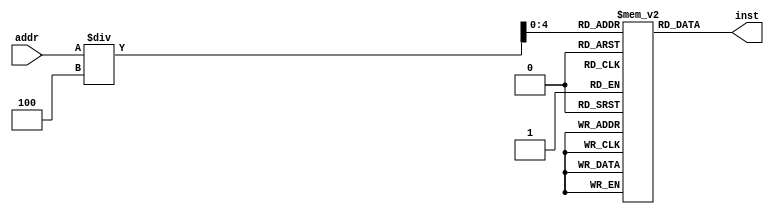
module InstructionMem (
    input  [ 7:0] addr,
    output [31:0] inst
);
  reg [31:0] mem[31:0];
  assign inst = mem[addr/4];

  initial begin
    // --------------------------------------------------------------------
    // This program calculates the first 10 Fibonacci sequence numbers and
    // writes them to memory starting at address 16.
    // This requires certain values to be present in the data memory. Refer
    // to the file DataMem.v for more details.
    // --------------------------------------------------------------------
    //                # Initialize constants
    // 0x00c02c03:    lw s8, 12(x0)
    // 0x00402483:    lw s1, 4(x0)
    // 0x00802a03:    lw s4, 8(x0)
    //
    // 0x018002b3:    add t0, x0, s8  # Base address to write to
    // 0x00002303:    lw  t1, 0(x0)   # Number of Fibonacci values to calculate
    // 0x00402e83:    lw  t4, 4(x0)   # Fibonacci value f(n-1), t3 = f(n-2) = 0 initially
    //
    //            fib_loop:
    //                # Calculate the next Fibonacci value: f(n) = f(n-1) + f(n-2)
    // 0x01de0f33:    add t5, t3, t4  # t5 = f(n-1) + f(n-2)
    //
    //                # Store the Fibonacci value to memory
    // 0x01e2a023:    sw  t5, 0(t0)   # Store the Fibonacci value at the current memory address
    //
    //                # Update Fibonacci values for next iteration
    // 0x000e8e33:    add t3, t4, x0  # Update f(n-2) to f(n-1)
    // 0x000f0eb3:    add t4, t5, x0  # Update f(n-1) to the newly calculated value
    //
    //                # Update memory address
    // 0x014282b3:    add t0, t0, s4  # Move to the next memory address
    //
    //                # Update loop counter
    // 0x009383b3:    add t2, t2, s1  # Increment loop counter
    //
    //                # Check if we have calculated all Fibonacci values
    // 0x00638463:    beq t2, t1, exit
    // 0xfe0002e3:    beq x0, x0, fib_loop
    //            exit:
    mem[0]  = 32'h10203317;
    mem[1]  = 32'habcde397;
    mem[2]  = 32'h10101e17;
    mem[3]  = 32'h00100073;
    mem[4]  = 32'h0ff0000f;
    mem[5]  = 32'h00000073;
    mem[6]  = 32'h00000000;
    mem[7]  = 32'h00000000;
    mem[8]  = 32'h00000000;
    mem[9]  = 32'h00000000;
    mem[10] = 32'h00000000;
    mem[11] = 32'h00000000;
    mem[12] = 32'h00000000;
    mem[13] = 32'h00000000;
    mem[14] = 32'h00000000;
    mem[15] = 32'h00000000;
    mem[16] = 32'h00000000;
    mem[17] = 32'h00000000;
    mem[18] = 32'h00000000;
    mem[19] = 32'h00000000;
    mem[20] = 32'h00000000;
    mem[21] = 32'h00000000;
    mem[22] = 32'h00000000;
    mem[23] = 32'h00000000;
    mem[24] = 32'h00000000;
    mem[25] = 32'h00000000;
    mem[26] = 32'h00000000;
    mem[27] = 32'h00000000;
    mem[28] = 32'h00000000;
    mem[29] = 32'h00000000;
    mem[30] = 32'h00000000;
    mem[31] = 32'h00000000;
    // $readmemh("instructions.txt", mem);
  end
endmodule